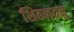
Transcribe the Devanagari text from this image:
शितलतनु